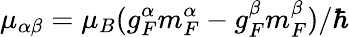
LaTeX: \mu_{\alpha\beta}=\mu_{B}(g_{F}^{\alpha}m_{F}^{\alpha}-g_{F}^{\beta}m_{F}^{\beta})/\hbar